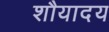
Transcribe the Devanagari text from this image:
शौयादय